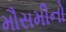
મૌસમીનો